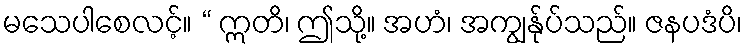
မသေပါစေလင့်။ “ ဣတိ၊ ဤသို့။ အဟံ၊ အကျွန်ုပ်သည်။ ဇနပဒံပိ၊